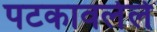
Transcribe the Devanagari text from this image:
पटकावलेले